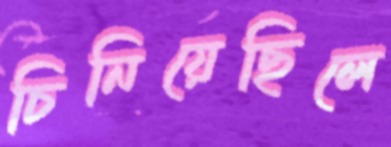
চিনিয়েছিলে